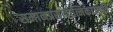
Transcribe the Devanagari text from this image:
समानप्रसावात्मिकाजाति